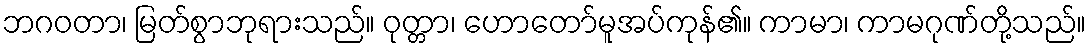
ဘဂဝတာ၊ မြတ်စွာဘုရားသည်။ ဝုတ္တာ၊ ဟောတော်မူအပ်ကုန်၏။ ကာမာ၊ ကာမဂုဏ်တို့သည်။